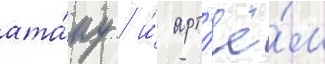
ата́ку / и́ арт'ё́м